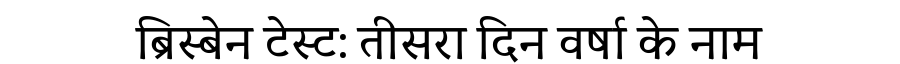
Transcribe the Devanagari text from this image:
ब्रिस्बेन टेस्ट: तीसरा दिन वर्षा के नाम